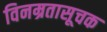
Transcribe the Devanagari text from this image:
विनम्रतासूचक